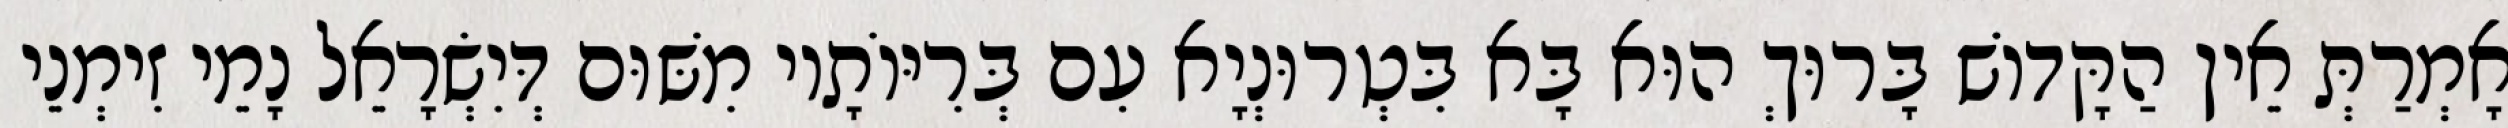
אָמְרַתְּ אֵין הַקָּדוֹשׁ בָּרוּךְ הוּא בָּא בִּטְרוּנְיָא עִם בְּרִיּוֹתָיו מִשּׁוּם דְּיִשְׂרָאֵל נָמֵי זִימְנֵי